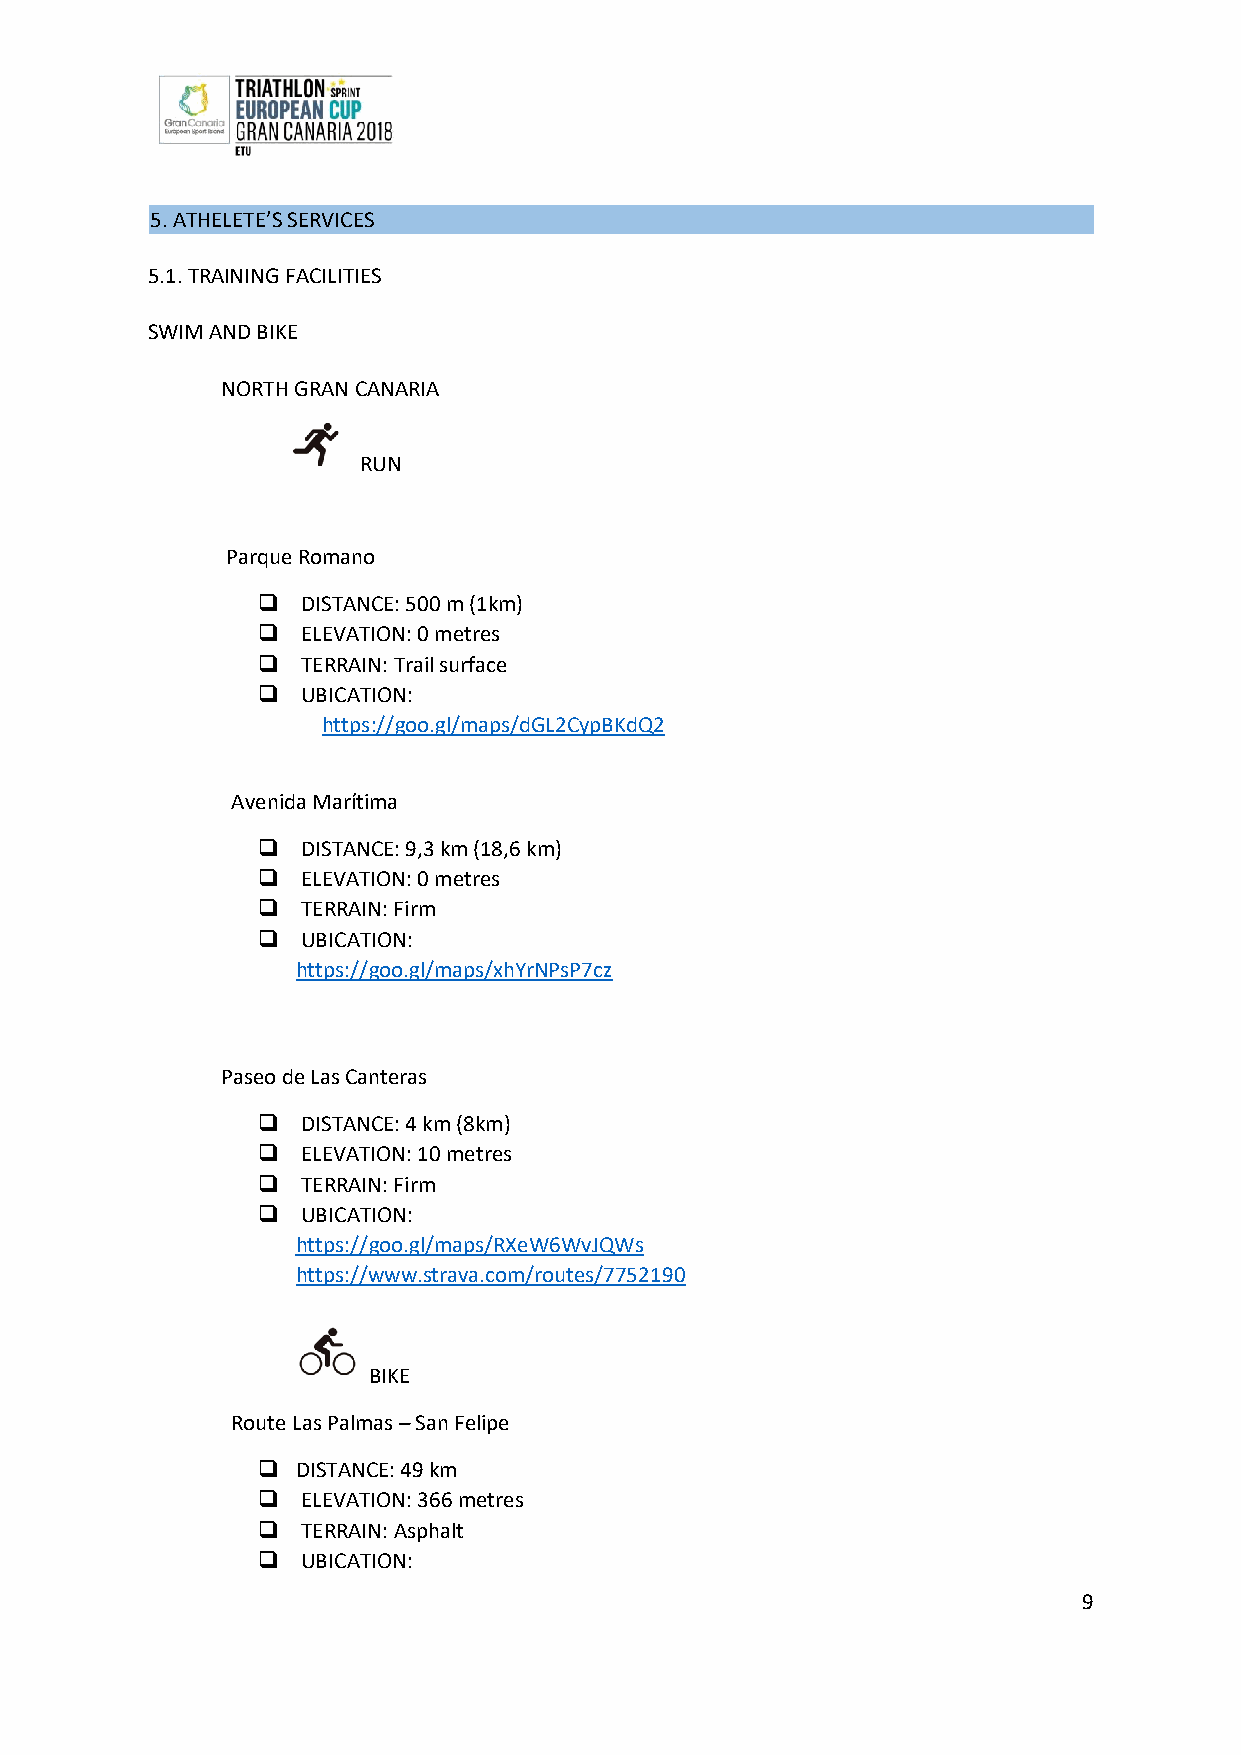
5. ATHELETE’S SERVICES
 5.1. TRAINING FACILITIES
 SWIM AND BIKE
 NORTH GRAN CANARIA
 RUN
 Parque Romano
   DISTANCE: 500 m (1km)
   ELEVATION: 0 metres
   TERRAIN: Trail surface
   UBICATION:
 https://goo.gl/maps/dGL2CypBKdQ2
 Avenida Marítima
   DISTANCE: 9,3 km (18,6 km)
   ELEVATION: 0 metres
   TERRAIN: Firm
   UBICATION:
 https://goo.gl/maps/xhYrNPsP7cz
 Paseo de Las Canteras
   DISTANCE: 4 km (8km)
   ELEVATION: 10 metres
   TERRAIN: Firm
   UBICATION:
 https://goo.gl/maps/RXeW6WvJQWs
 https://www.strava.com/routes/7752190
 BIKE
 Route Las Palmas – San Felipe
   DISTANCE: 49 km
   ELEVATION: 366 metres
   TERRAIN: Asphalt
   UBICATION:
 9